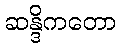
ဆန္ဒိကတော